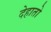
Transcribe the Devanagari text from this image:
देहातो